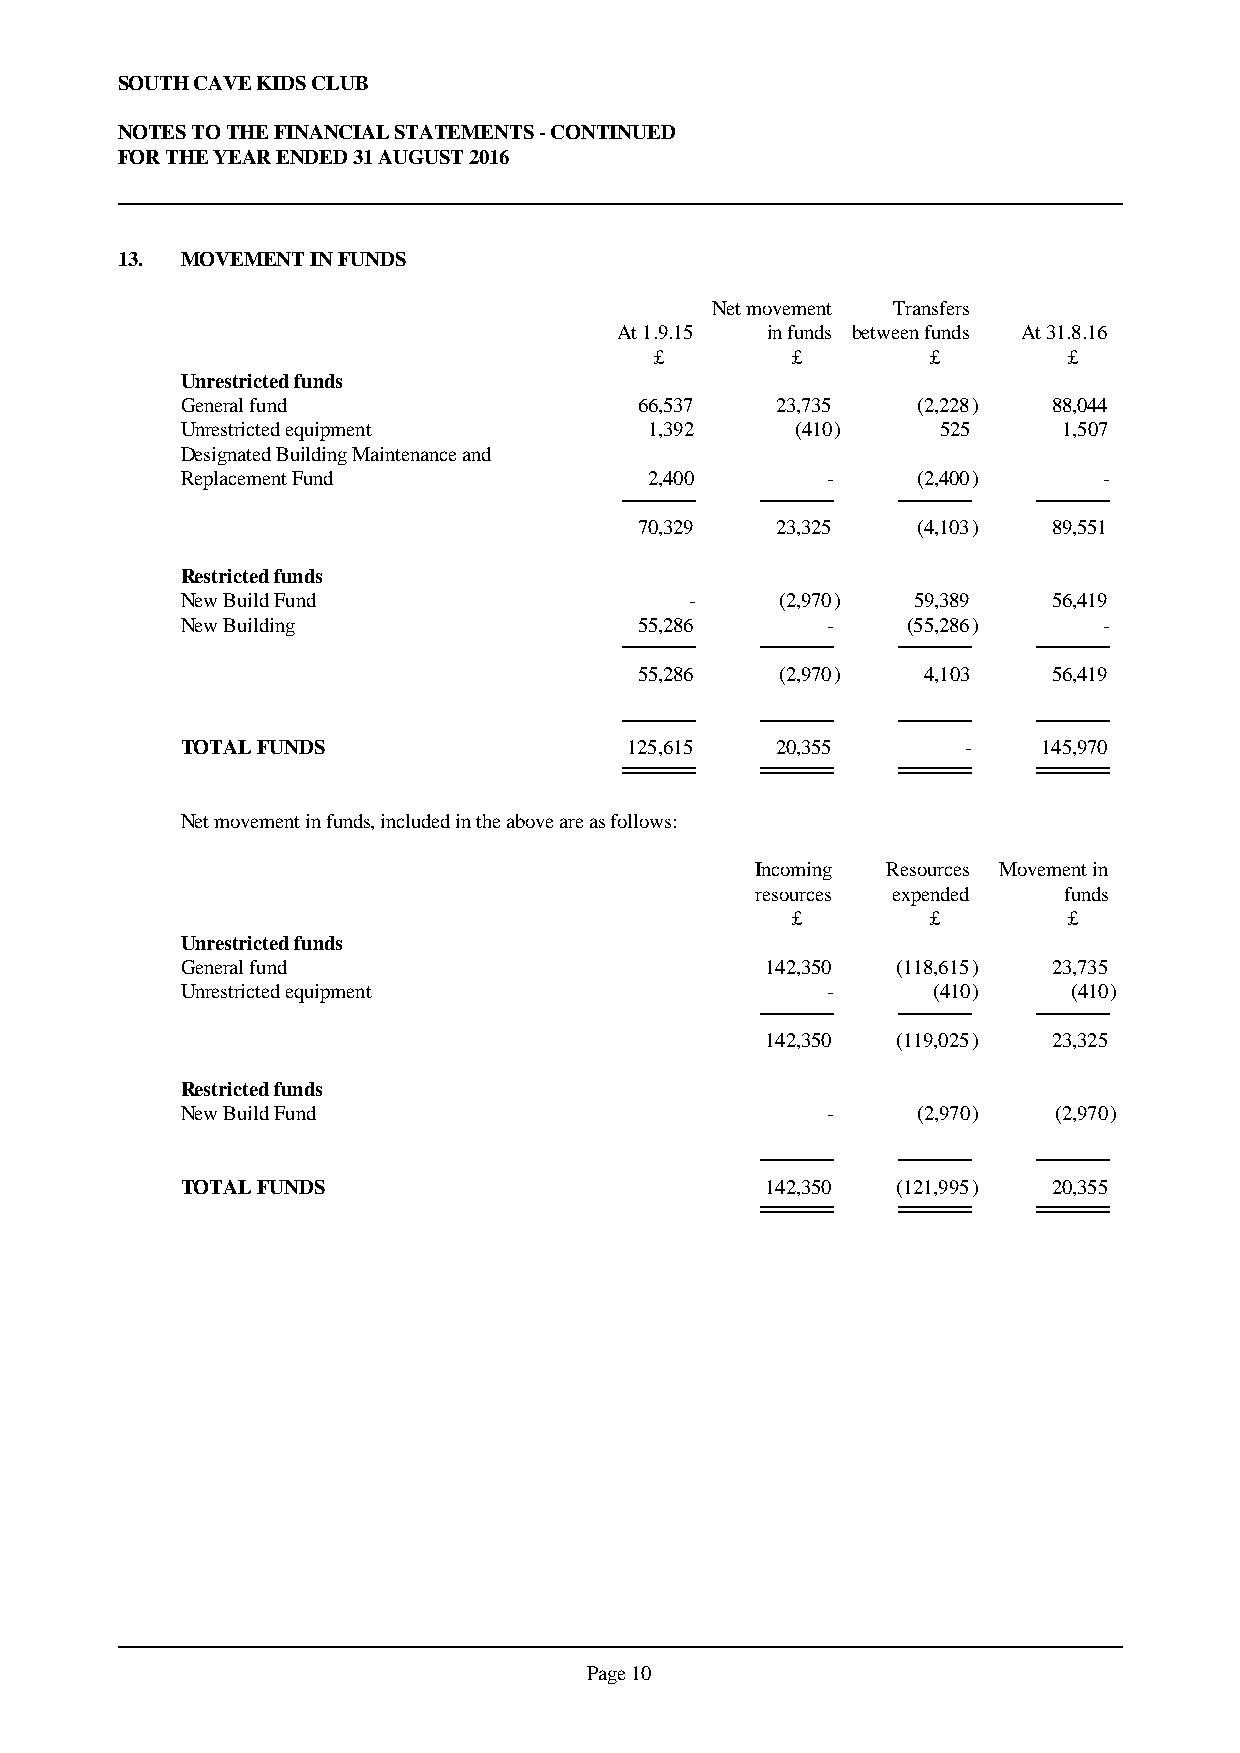
SOUTH CAVE KIDS CLUB
 NOTES TO THE FINANCIAL STATEMENTS - CONTINUED
 FOR THE YEAR ENDED 31 AUGUST 2016
 13. MOVEMENT IN FUNDS
 Net movement Transfers
 At 1.9.15 in funds between funds At 31.8.16
 £        £         £        £
 Unrestricted funds
 General fund                  66,537   23,735    (2,228)  88,044
 Unrestricted equipment         1,392     (410)    525     1,507
 Designated Building Maintenance and
 Replacement Fund               2,400       -     (2,400)     -
 70,329   23,325    (4,103)  89,551
 Restricted funds
 New Build Fund                    -     (2,970) 59,389    56,419
 New Building                  55,286       -    (55,286)     -
 55,286    (2,970)  4,103    56,419
 TOTAL FUNDS                   125,615  20,355       -    145,970
 Net movement in funds, included in the above are as follows:
 Incoming Resources Movement in
 resources expended  funds
 £         £        £
 Unrestricted funds
 General fund                           142,350 (118,615)  23,735
 Unrestricted equipment                     -      (410)    (410)
 142,350 (119,025)  23,325
 Restricted funds
 New Build Fund                             -     (2,970)  (2,970)
 TOTAL FUNDS                            142,350 (121,995)  20,355
 Page 10